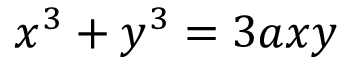
x ^ { 3 } + y ^ { 3 } = 3 a x y